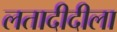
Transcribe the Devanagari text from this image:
लतादीदीला